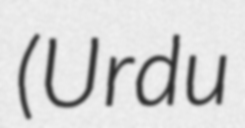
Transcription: (Urdu